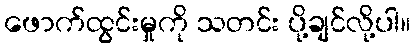
ဖောက်ထွင်းမှုကို သတင်း ပို့ချင်လို့ပါ။